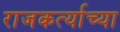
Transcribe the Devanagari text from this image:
राजकर्त्याच्या